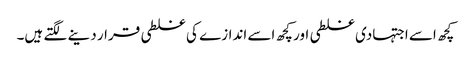
کچھ اسے اجتہادی غلطی اور کچھ اسے اندازے کی غلطی قرار دینے لگتے ہیں۔